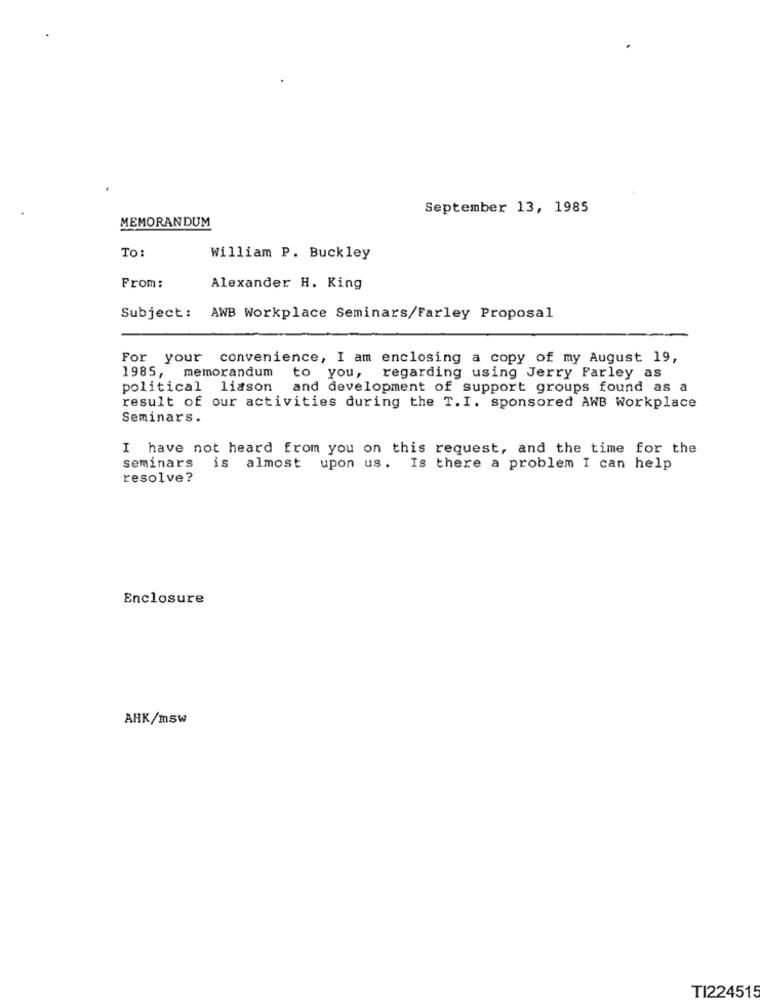
September 13, 1985
MEMORANDUM
TO:
William P. Buckley
From:
Alexander H. King
Subject:
AWB Workplace Seminars/Farley Proposal
For your convenience, I am enclosing a copy of my August 19,
1985, memorandum
to you, regarding using Jerry Farley as
political liason
and development of support groups found as a
result of our activities during the T.I. sponsored AWB Workplace
Seminars.
I have not heard from you on this request, and the time for the
seminars is almost upon us. Is there a problem I can help
resolve?
Enclosure
ARK/msw
TI224515